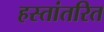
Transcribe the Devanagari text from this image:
हस्‍तांतरित